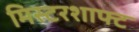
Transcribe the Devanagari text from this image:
मिस्टरशाफ्ट